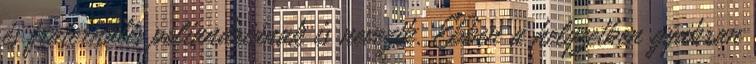
és fraternális poliandriának is nevezik. Ebben a helyzetben gyakran